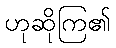
ဟုဆိုကြ၏